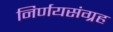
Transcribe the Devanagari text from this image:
निर्णयसंग्रह